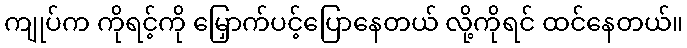
ကျုပ်က ကိုရင့်ကို မြှောက်ပင့်ပြောနေတယ် လို့ကိုရင် ထင်နေတယ်။